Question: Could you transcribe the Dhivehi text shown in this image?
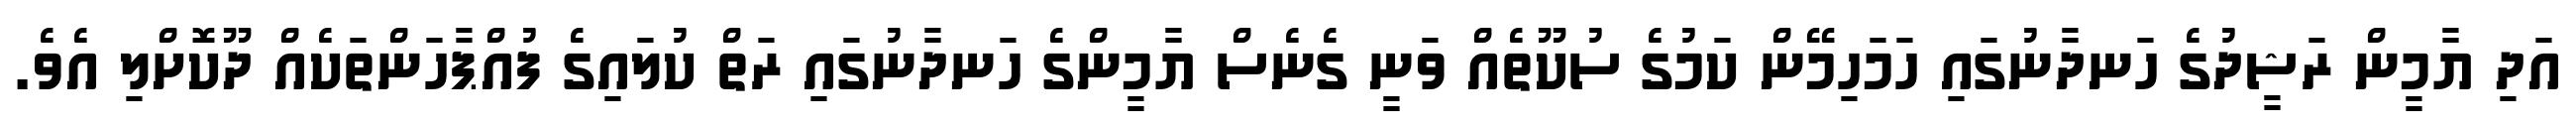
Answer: އަދި ޔާމީން ރަޝީދުގެ ހަނދާނުގައި ހަމަހިމޭން ކަމުގެ ސުކޫތެއް ވަނީ ގެނެސް ޔާމީންގެ ހަނދާނުގައި ރަތް ކުލައިގެ ފުއްޕާހަންތަކެއް ދޫކޮށްލި އެވެ.